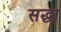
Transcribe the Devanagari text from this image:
सद्धा